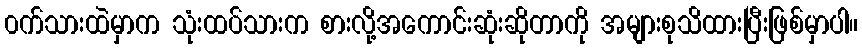
၀က်သားထဲမှာက သုံးထပ်သားက စားလို့အကောင်းဆုံးဆိုတာကို အများစုသိထားပြီးဖြစ်မှာပါ။